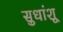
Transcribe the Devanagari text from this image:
सुधांशू